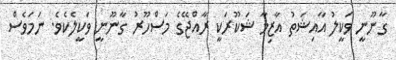
ގާނޫނީ ވަކީލު އާއިޝަތު އާޒިމާ ޝަކޫރަކީ ރާއްޖޭގެ މަސްހޫރު ގާނޫނީ ވަކީލެކެވެ. ނަމަވެސް